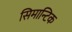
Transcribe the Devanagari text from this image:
सिमान्टिक